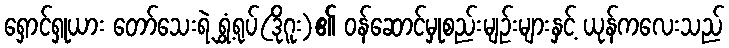
ရှောင်ရှုယား တော်သေးရဲ့ ရွှံ့ရုပ်(ဒိုဂူး)၏ ဝန်ဆောင်မှုစည်းမျဉ်းများနှင့် ယုန်ကလေးသည်